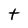
Character: t